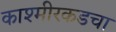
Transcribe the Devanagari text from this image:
काश्मीरकडचा